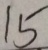
1 5